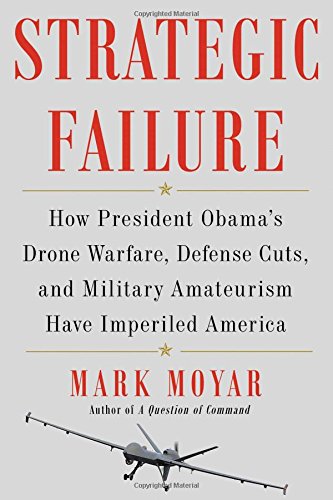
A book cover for Strategic Failure: How President Obama's Drone Warfare, Defense Cuts, and Military Amateurism Have Imperiled America; Mark Moyar; History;